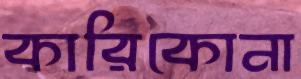
কারিকোনা